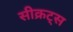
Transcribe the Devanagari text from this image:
सीक्रट्स